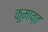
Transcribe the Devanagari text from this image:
कुमाव्त